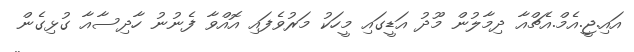
އައި.ޖީ.އެމް.އެޗްއާ ދިމާލުން މޫދު އަޑީގައި މީހަކު މަރުވެފައި އޮއްވާ ފެނުނު ހާދިސާއާ ގުޅިގެން